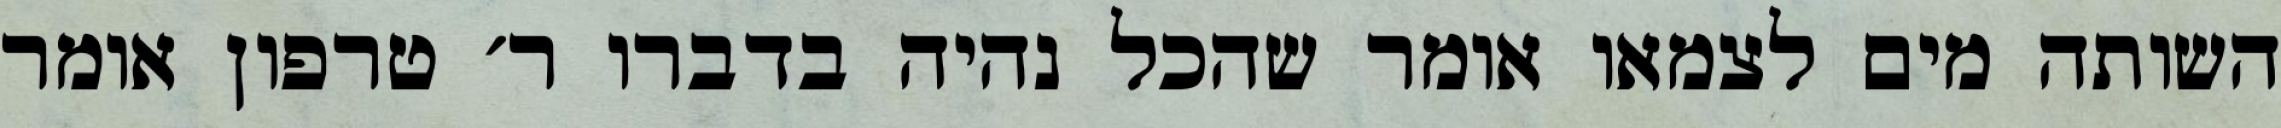
השותה מים לצמאו אומר שהכל נהיה בדברו ר׳ טרפון אומר